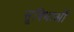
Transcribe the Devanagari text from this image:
सु्विधाओं